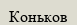
Коньков